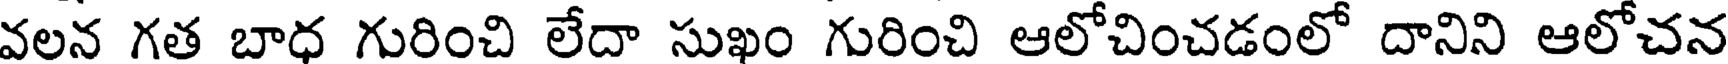
వలన గత బాధ గురించి లేదా సుఖం గురించి ఆలోచించడంలో దానిని ఆలోచన